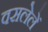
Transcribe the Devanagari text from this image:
वसलेलें